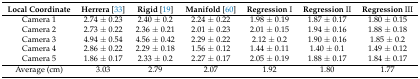
| Local Coordinate | Herrera [33] | Rigid [19] | Manifold [60] | Regression I | Regression II | Regression III |
 | --- | --- | --- | --- | --- | --- | --- |
 | Camera 1 | 2.74 ± 0.23 | 2.40 ± 0.2 | 2.24 ± 0.22 | 1.98 ± 0.19 | 1.87 ± 0.17 | 1.80 ± 0.15 |
 | Camera 2 | 2.73 ± 0.22 | 2.36 ± 0.21 | 2.01 ± 0.23 | 2.01 ± 0.15 | 1.94 ± 0.16 | 1.88 ± 0.18 |
 | Camera 3 | 4.94 ± 0.54 | 4.56 ± 0.42 | 2.29 ± 0.22 | 2.12 ± 0.2 | 1.90 ± 0.16 | 1.85 ± 0.2 |
 | Camera 4 | 2.86 ± 0.22 | 2.29 ± 0.18 | 1.56 ± 0.12 | 1.44 ± 0.11 | 1.40 ± 0.1 | 1.49 ± 0.12 |
 | Camera 5 | 1.86 ± 0.17 | 2.33 ± 0.2 | 2.27 ± 0.17 | 2.05 ± 0.19 | 1.88 ± 0.17 | 1.84 ± 0.17 |
 | Average (cm) | 3.03 | 2.79 | 2.07 | 1.92 | 1.80 | 1.77 |